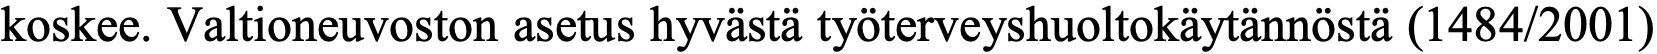
koskee. Valtioneuvoston asetus hyvästä työterveyshuoltokäytännöstä (1484/2001)